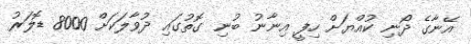
އޭނާގެ ދޯނި ކުއްޔަށް ހިފީ އިނާނު ބުނި ގޮތުގައި ދުވާލަކަށް 8000 ޑޮލަރު